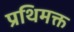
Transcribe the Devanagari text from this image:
प्रथिमक्त